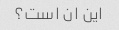
این ان است؟